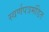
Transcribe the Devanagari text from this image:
स्वर्णपत्रमंडित